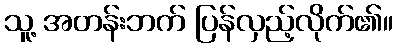
သူ့ အတန်းဘက် ပြန်လှည့်လိုက်၏။